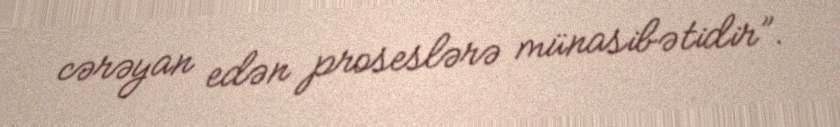
cərəyan edən proseslərə münasibətidir”.